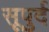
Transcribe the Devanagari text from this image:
सूपुर्द